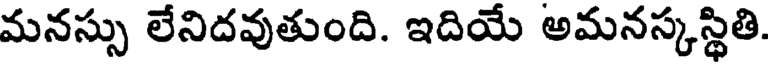
మనస్సు లేనిదవుతుంది. ఇదియే అమనస్కస్థితి.